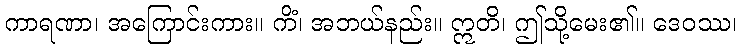
ကာရဏာ၊ အကြောင်းကား။ ကိံ၊ အဘယ်နည်း။ ဣတိ၊ ဤသို့မေး၏။ ဒေဝဿ၊